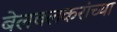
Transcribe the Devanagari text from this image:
बेलवलकरांच्या